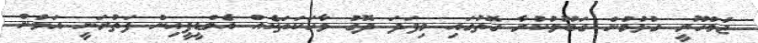
ޖުމްހޫރީ ގުޅުމުން ގަބޫލުކުރާ ގޮތުގައި މިފަދަ ދޮގު ވާހަކަތަކެއް އެމްޑީޕީއިން ފަތުރަނީ އަލުން